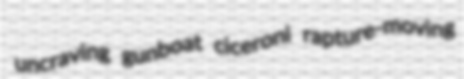
uncraving gunboat ciceroni rapture-moving